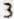
3